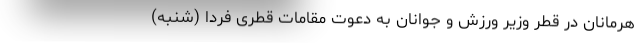
هرمانان در قطر وزیر ورزش و جوانان به دعوت مقامات قطری فردا (شنبه)